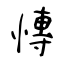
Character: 慱